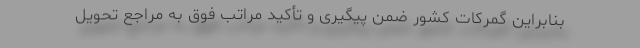
بنابراین گمرکات کشور ضمن پیگیری و تأکید مراتب فوق به مراجع تحویل